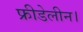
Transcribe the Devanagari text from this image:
फ्रीडेलीन।